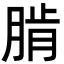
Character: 𦜨